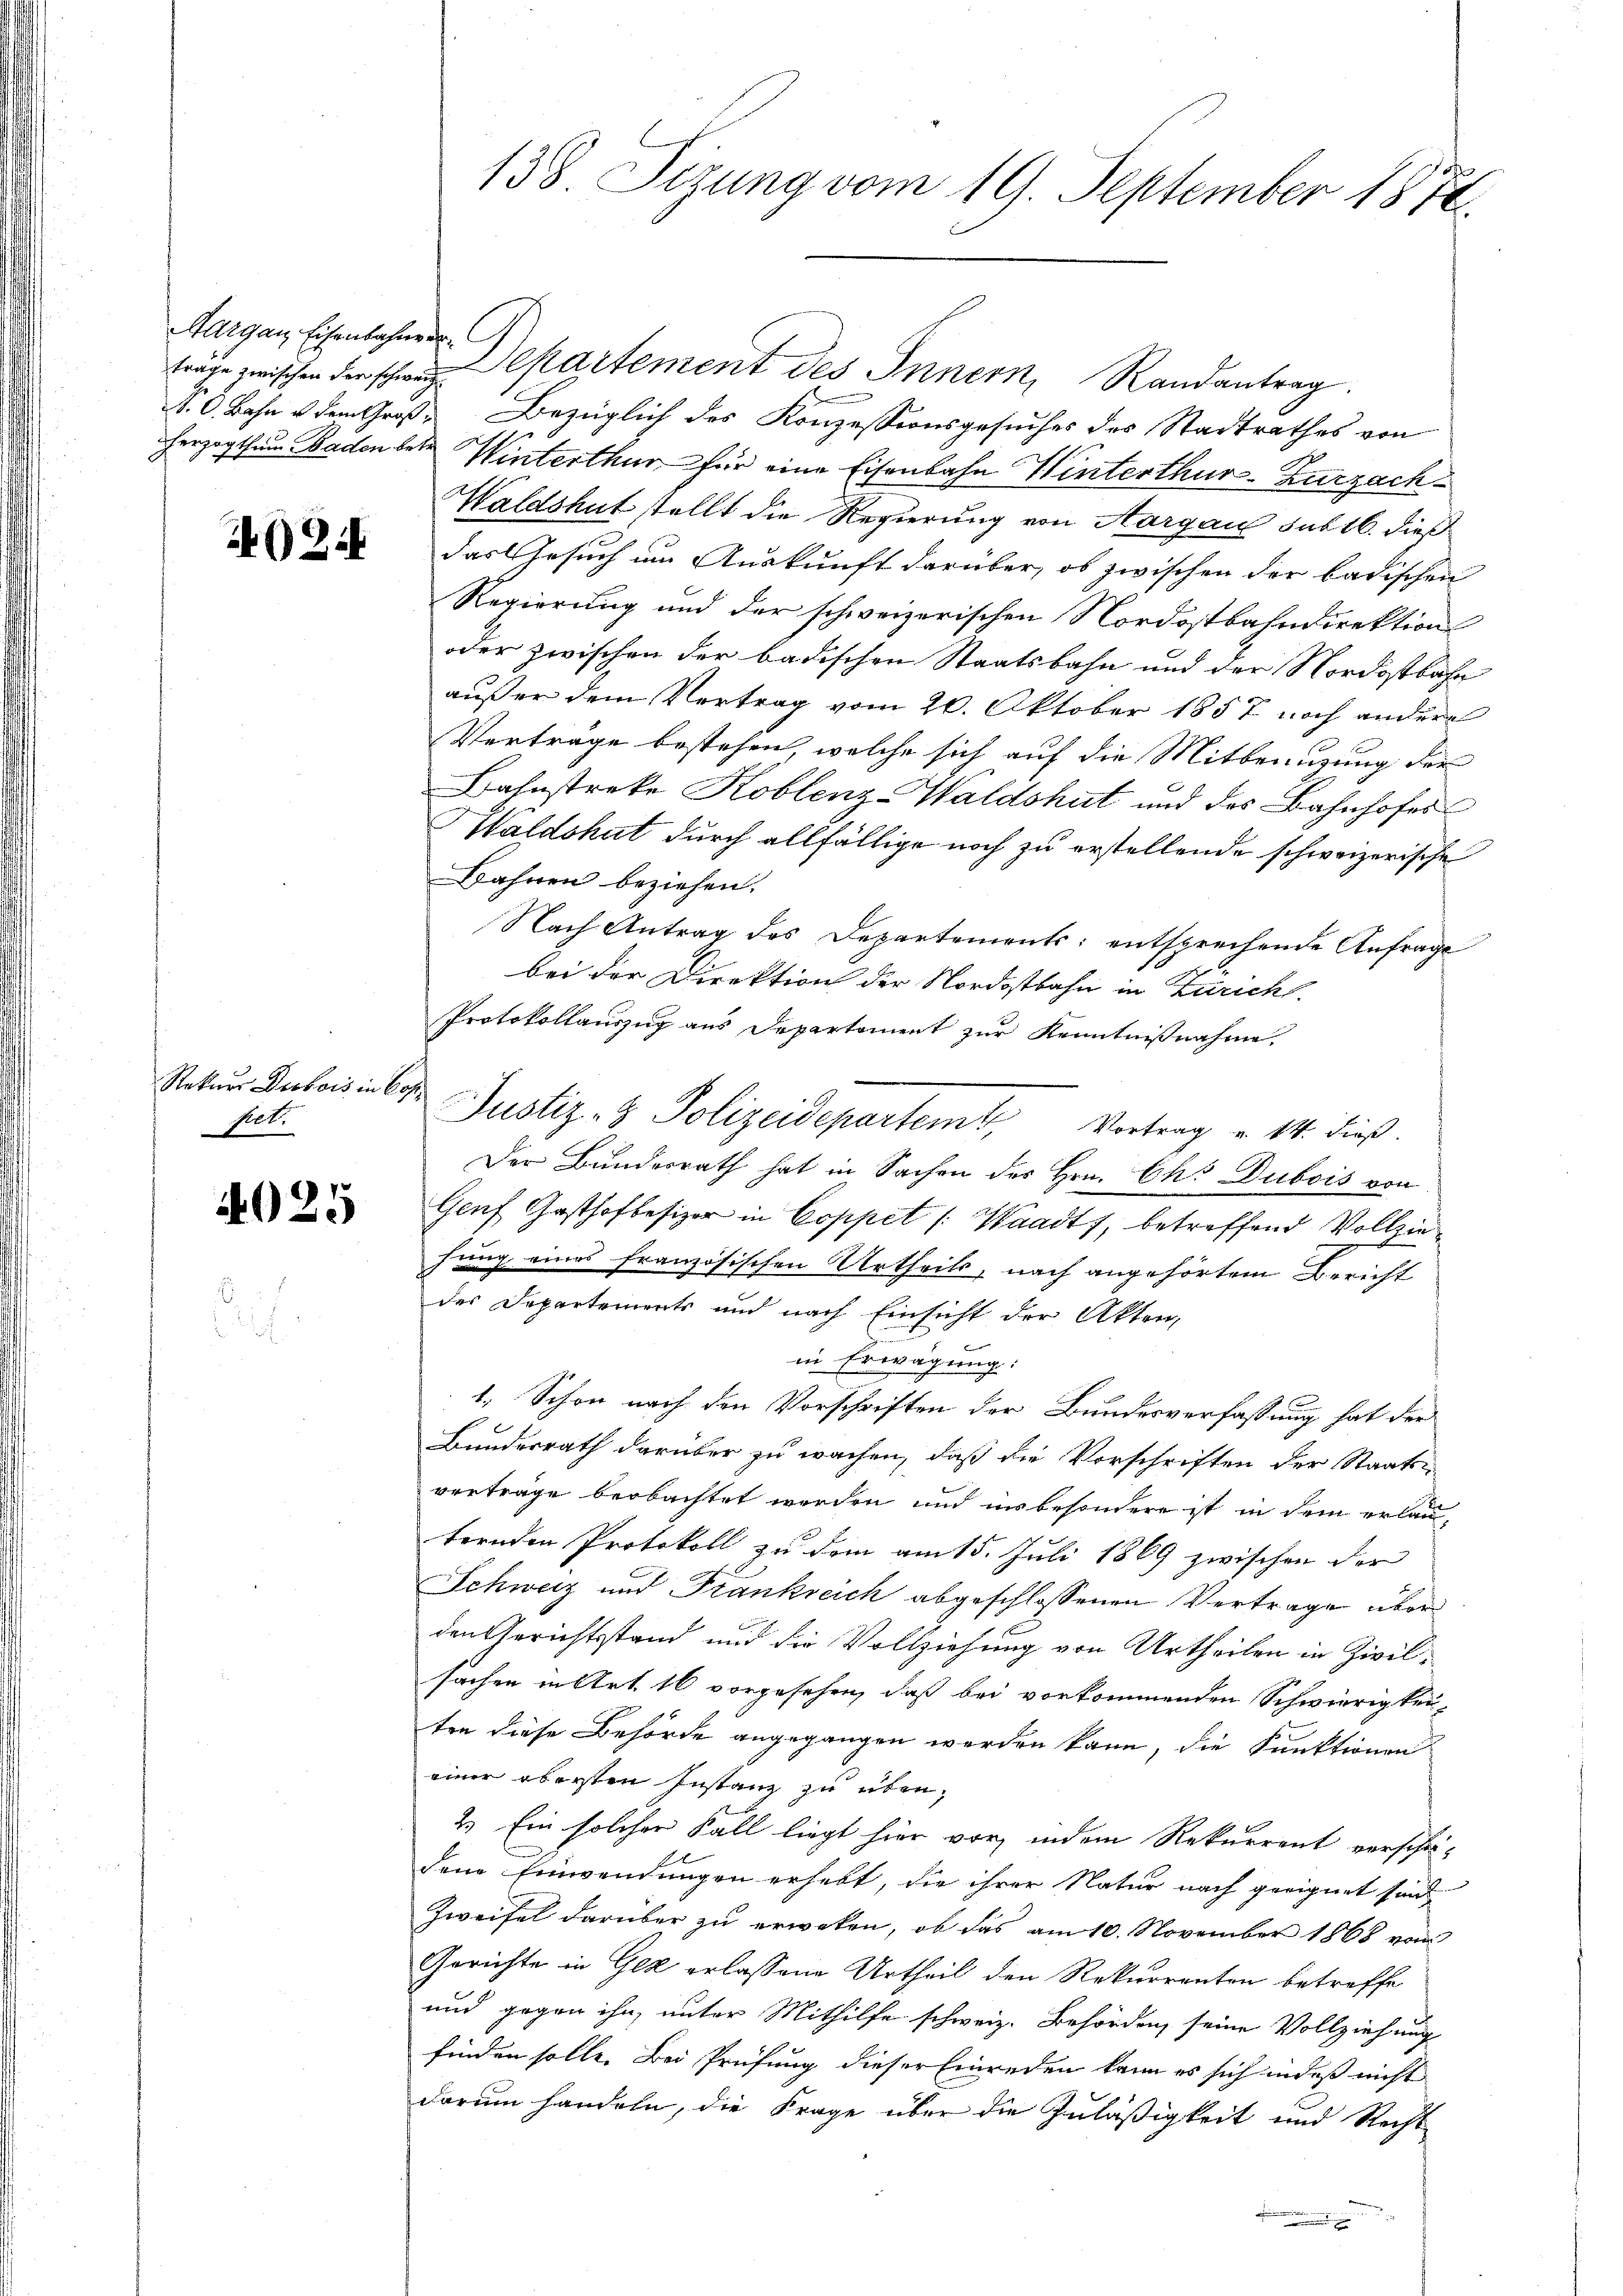
Aargau, Eisenbahne er¬

2.

Rekurs Drobois in Cop.
fet.

4025

138 Sizung vom 19. September 1872.

trage zwischen dersche Departement des Innern, Randantrag.
S. O. Bahn u dem Groß. Bezüglich des Konzessionsgesuches des Stadtrathes von
herzogthum Baden betr. Winterthur für eine Eisenbahn Winterthur-Zurzach¬
Waldshut stellt die Regierung von Aargau subtl. dieß
das Gesuch in Auskunft darüber, ob zwischen der badischen
Regierung und der schweizerischen Nordostbahndirektion
oder zwischen der badischen Staatsbahn und der Nordostbahn
außer dem Vertrag vom 20. Oktober 1857 noch andere
Verträge bestehen, welche sich auf die Mitbenuzung der
Bahnstreke Koblenz-Waldshut und des Bahnhofes
Waldshut durch allfällige noch zu erstellende schweizerische
Bahnen beziehen.
Nach Antrag des Departements entsprechende Anfrage
bei der Direktion der Nordostbahn in Zürich.
Protokollauszug aus Departement zur Kenntnißnahme
Der Bundesrath hat in Sachen des Hrn. Chr Dubois von
Genf Gasthofbesizer in Coppet /: Waadt, betreffend Vollziehung eines französischen Urtheils, nach angehörtem Bericht
des Departements und nach Einsicht der Akten,
in Erwägung:
1. Schon nach den Vorschriften der Bundesverfassung hat der
Bundesrath darüber zu wachen, daß die Vorschriften der Staats-
verträge beobachtet werden und insbesondere ist in dem erlauternden Protokoll zu dem am 15. Juli 1869 zwischen der
Schweiz und Frankreich abgeschlossenen Vertrage über
den Gerichtsstand und die Vollziehung von Urtheilen in Zivilsachen in Art. 16 vorgesehen, daß bei vorkommenden Schwierigkeiten diese Behörde angegangen werden kann, die Funktionen
einer obersten Instanz zu üben¬
2.) Ein solcher Fall liegt hier vor, indem Rekurrent verschä-
dene Einwendungen erhebt, die ihrer Natur nach geeignet sind,
Zweifel darüber zu erweken, ob das am 10. November 1868 vom
Gerichte in Gez erlassene Urtheil den Rekurrenten betreffe
und gegen ihn, unter Mithilfe schweiz. Behörden, seine Vollziehung
finden solle. Bei Prüfung dieser Einreden kann es sich in daß nicht
darum handeln, die Frage über die Zuläßigkeit und Recht

Justiz- & Polizeidepartem Vortrag u. 14. dieß.